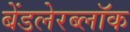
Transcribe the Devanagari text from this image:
बेंडलेरब्लॉक